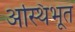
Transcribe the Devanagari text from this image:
अस्थिभूत